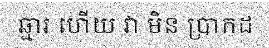
ឆ្មារ ហើយ វា មិន ប្រាកដ